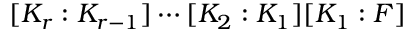
[ K _ { r } : K _ { r - 1 } ] \cdots [ K _ { 2 } : K _ { 1 } ] [ K _ { 1 } : F ]